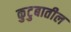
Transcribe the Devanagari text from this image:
कुटुबातील